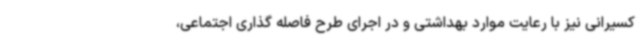
کسیرانی نیز با رعایت موارد بهداشتی و در اجرای طرح فاصله گذاری اجتماعی،